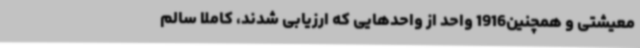
معیشتی و همچنین1916 واحد از واحدهایی که ارزیابی شدند، کاملا سالم